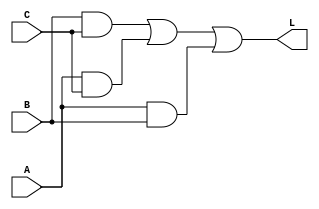
//---------------------------------------------------------------------------
//--			:	A4_Vote2.v
//--			:	ZIRCON
//--			:	
//--		:	2014-1-1
//---------------------------------------------------------------------------
module A4_Vote2	//A4_Vote2,
(
	//
	A,B,C,
	//
	L
);
//---------------------------------------------------------------------------
//--	
//---------------------------------------------------------------------------
input   A;			//A
input   B;			//B
input   C;			//C
output  L;			//L

//---------------------------------------------------------------------------
//--		
//---------------------------------------------------------------------------
assign L = (B && C) || (A && C) || (A && B);

endmodule			//